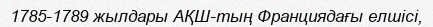
1785-1789 жылдары АҚШ-тың Франциядағы елшісі,